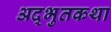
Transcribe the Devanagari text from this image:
अद्भुतकथा